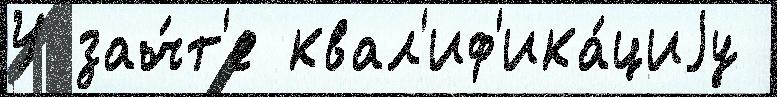
У зач́т'е квал'иф'ика́циjу